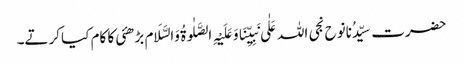
حضرت سیِّدُنانوح نجی اللہ عَلٰی نَبِیِّنَاوَعَلَیْہِ الصَّلٰوۃُ وَالسَّلَام بڑھئی کا کام کیا کرتے۔